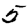
Digit: 5